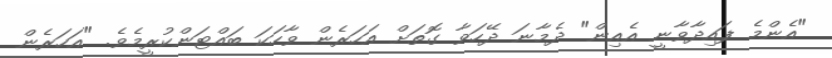
"އެންމެ ފައިދާވާނީ އެއިން" ދެމާނަ ދޭހަވާ ގޮތަށް އަހަރެން ވާހަކަ ބައްޓަންކުރީމެވެ. "އަހަރެން